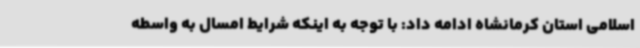
اسلامی استان کرمانشاه ادامه داد: با توجه به اینکه شرایط امسال به واسطه